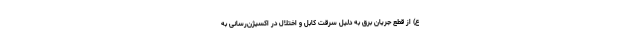
ع) از قطع جریان برق به دلیل سرقت کابل و اختلال در اکسیژن‌رسانی به